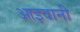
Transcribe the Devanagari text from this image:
आइवानी